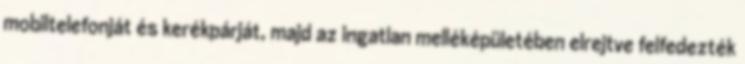
mobiltelefonját és kerékpárját, majd az ingatlan melléképületében elrejtve felfedezték